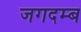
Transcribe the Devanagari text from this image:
जगदम्ब